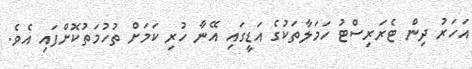
އަހަރު ދިން ޓެރަރިސްޓު ހަމަލާތަކުގެ އަޑީގައި އޭނާ ހުރި ކަމަށް ތުހުމަތުކޮށްފައި އެވެ.